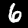
Label: 6